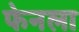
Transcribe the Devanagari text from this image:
फेनला